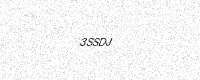
Text: 3SSDJ